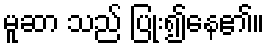
မူဆာ သည် ပြုံး၍နေ၏။